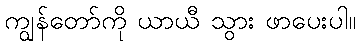
ကျွန်တော်ကို ယာယီ သွား ဖာပေးပါ။